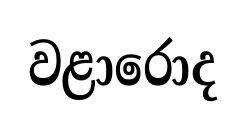
වළාරොද